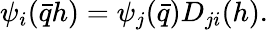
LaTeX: \psi_{i}(\bar{q}h)=\psi_{j}(\bar{q})D_{ji}(h).